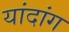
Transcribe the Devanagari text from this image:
यांदांग